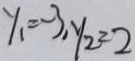
y _ { 1 } = - 3 , y _ { 2 } = 2